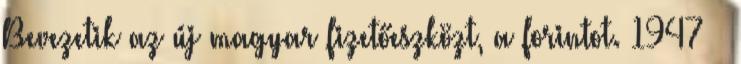
Bevezetik az új magyar fizetőeszközt, a forintot. 1947 –